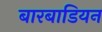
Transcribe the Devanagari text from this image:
बारबाडियन